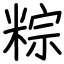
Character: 粽